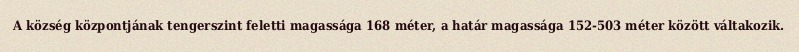
A község központjának tengerszint feletti magassága 168 méter, a határ magassága 152-503 méter között váltakozik.